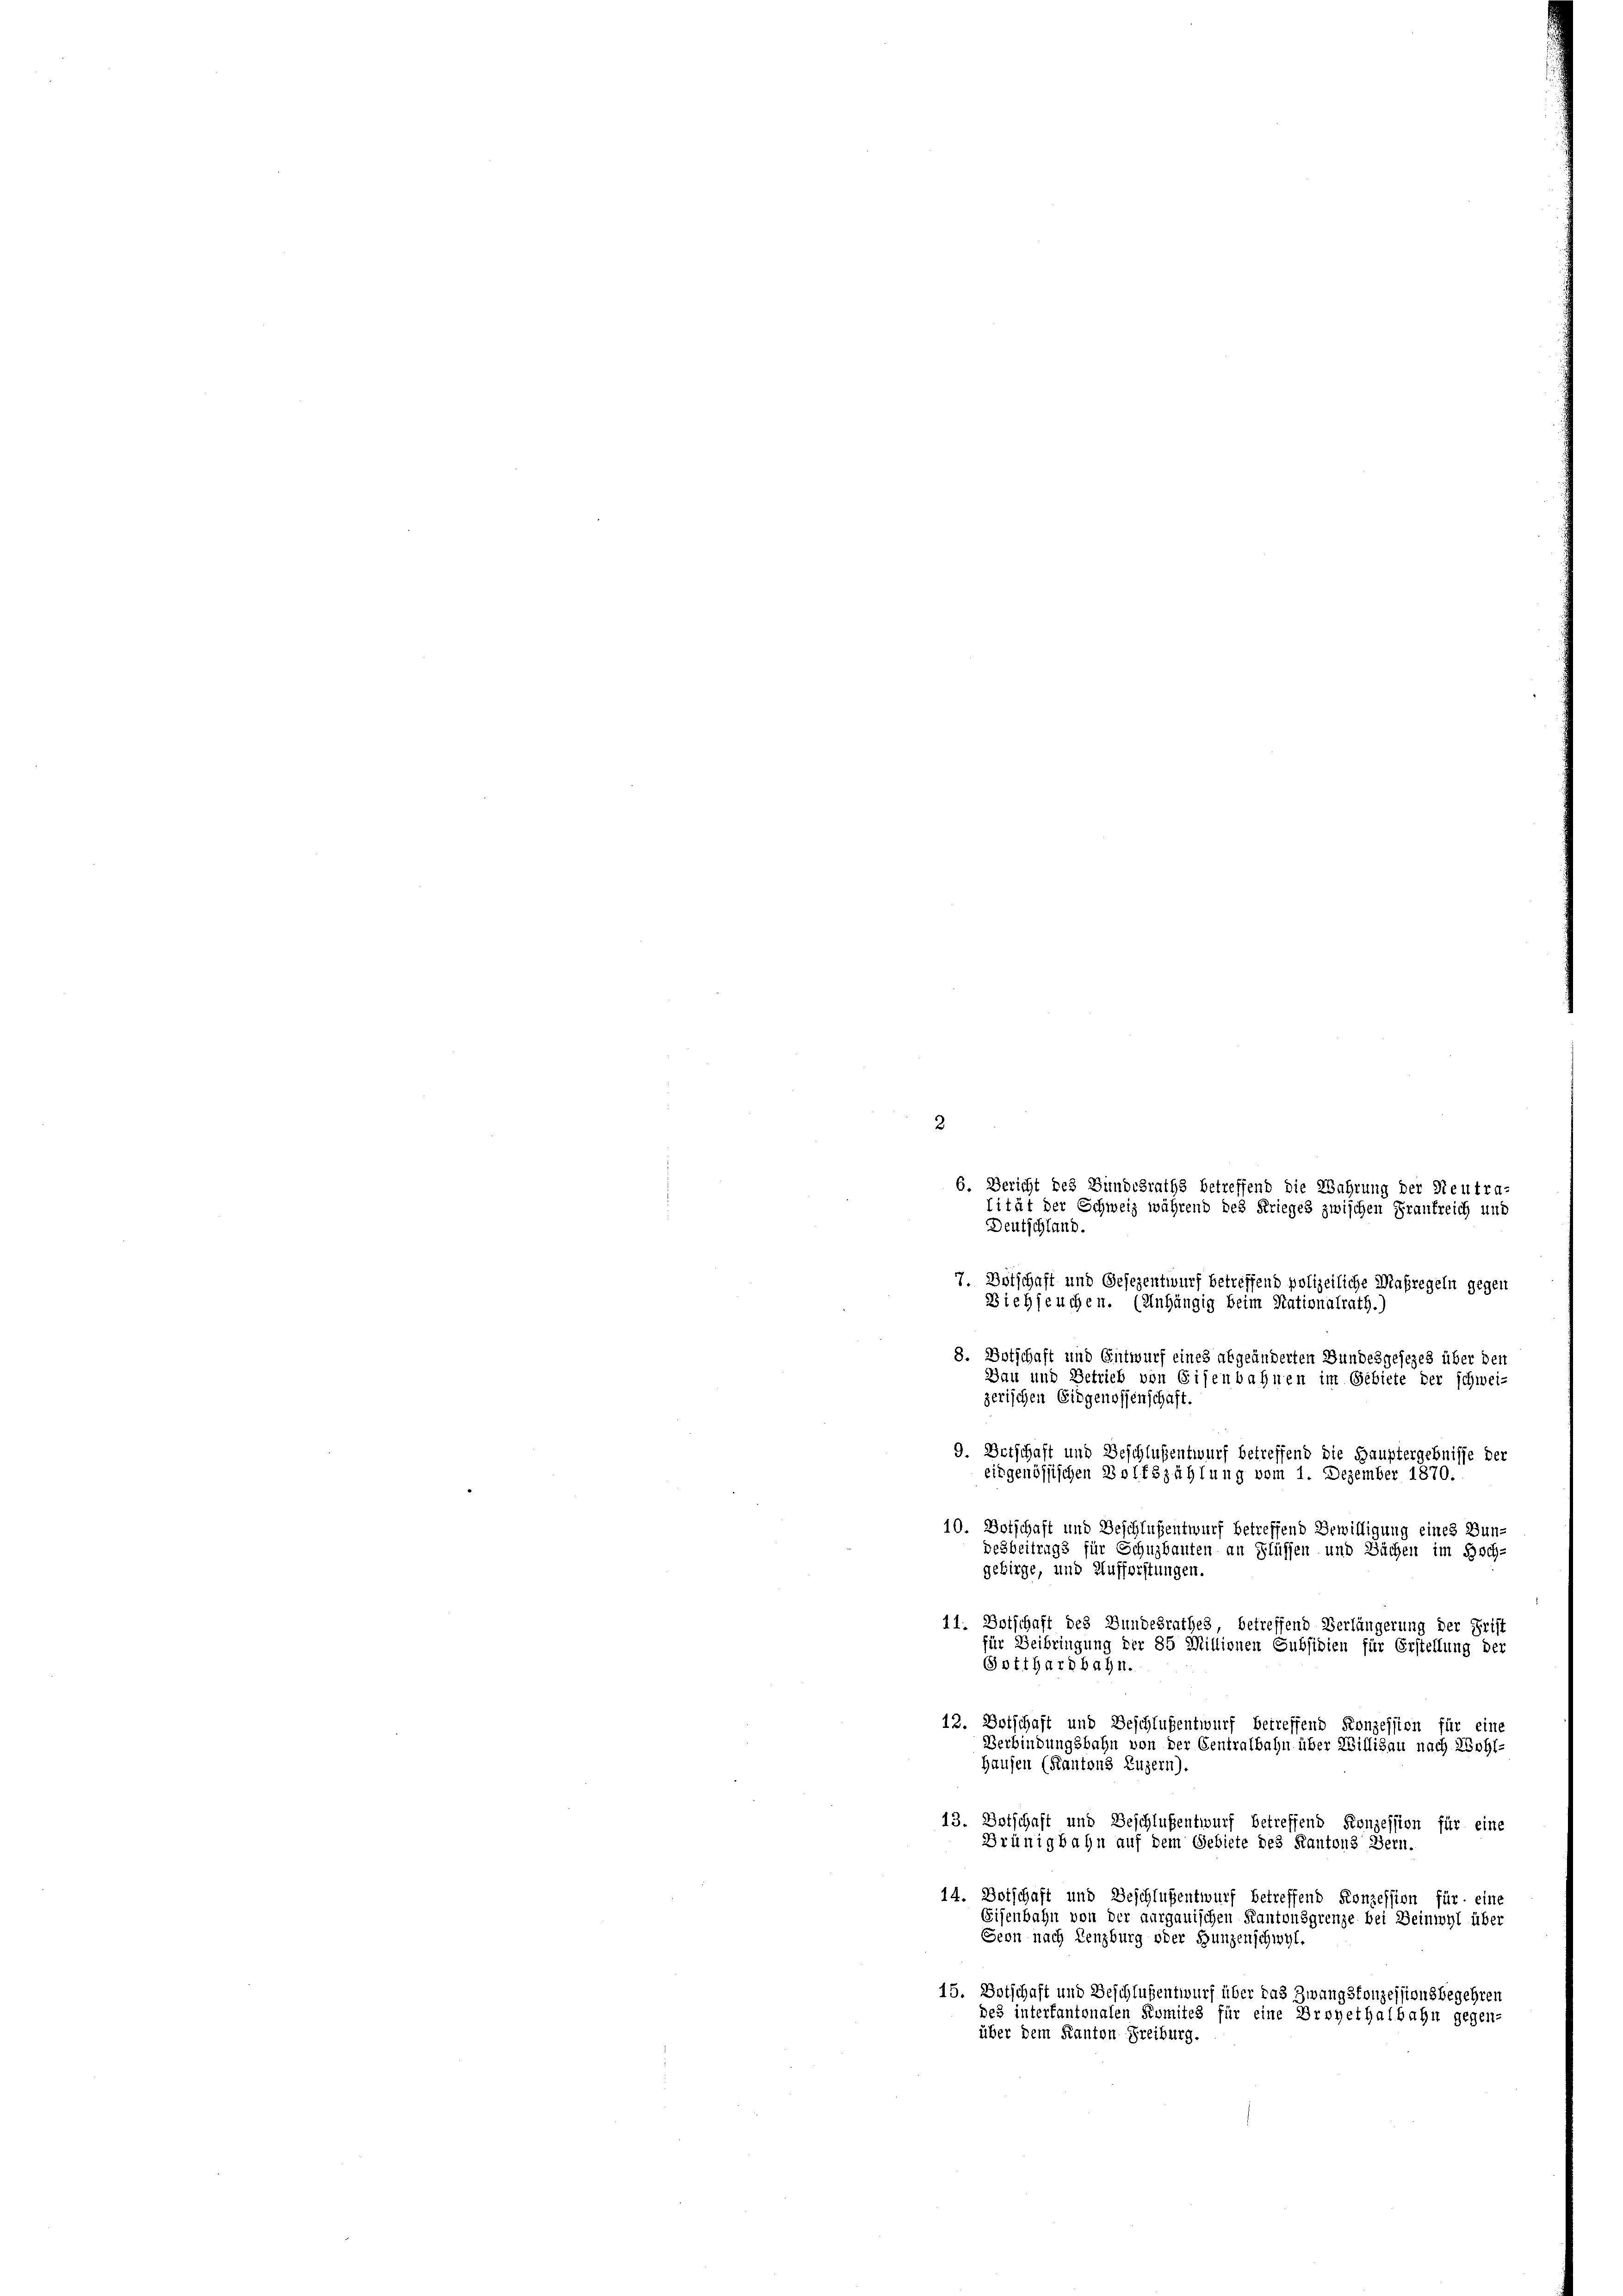
2
6. Bericht des Bundesraths betreffend die Wahrung der Neutra-
tität der Schweiz während des Krieges zwischen Frankreich und
Deutschland.
7. Botschaft und Gesezentwurf betreffend polizeiliche Maßregeln gegen
Biehseuchen. (Anhängig beim Nationalrath.)
8. Botschaft und Entwurf eines abgeänderten Bundesgesezes über den
Dau und Betrieb von Eisenbahnen im Gebiete der schwei-
zerischen Eidgenossenschaft.
9. Derschaft und Beschlußentwurf betreffend die Hauptergebnisse der
eidgenössischen Wolfszählung vom 1. Dezember 1870.
10. Botschaft und Beschlußentwurf betreffend Bewilligung eines Bun-
desbeitrags für Schuzbauten an Flüssen und Bächen im Hoch-
gebirge, und Aufforstungen.

11. Dotschaft des Bundesrathes, betreffend Verlängerung der Frist
für Beibringung der 85 Millionen Subsidien für Erstellung der
Gotthardbahn.

12. Dotschaft und Beschlusentwurf betreffend Konzession für eine
Verbindungsbahn von der Centralbahn über Willisau nach Wohl-
Hausen (Kantons Luzern).
13. Botschaft und Beschlußentwurf betreffend Konzession für eine
Grünigbahn auf dem Gebiete des Kantons Bern.
14. Botschaft und Beschlußentwurf betreffend Konzession für eine
Eisenbahn von der aargauischen Kantonsgrenze bei Beinwyl über
Seon nach Lenzburg oder Hunzenschwyl,
15. Botschaft und Beschlußentwurf über das Zwangsfonzessionsbegehren
des intertantonalen Komites für eine Droyethalbahn gegen-
über dem Kanton Freiburg.